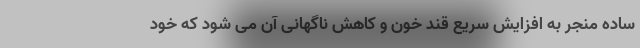
ساده منجر به افزایش سریع قند خون و کاهش ناگهانی آن می شود که خود